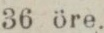
36 öre.